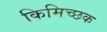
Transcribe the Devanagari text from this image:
किमिच्छक